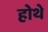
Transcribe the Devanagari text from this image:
होथे